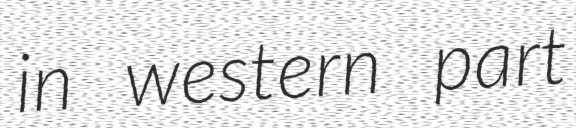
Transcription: in western part